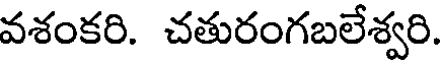
వశంకరి. చతురంగబలేశ్వరి.